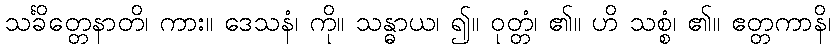
သင်္ခိတ္တေနာတိ၊ ကား။ ဒေသနံ၊ ကို။ သန္ဓာယ၊ ၍။ ဝုတ္တံ၊ ၏။ ဟိ သစ္စံ၊ ၏။ ဧတ္တကာနိ၊